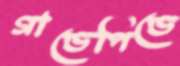
গাণ্ডেপিণ্ডে